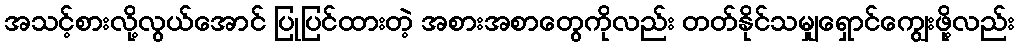
အသင့်စားလို့လွယ်အောင် ပြုပြင်ထားတဲ့ အစားအစာတွေကိုလည်း တတ်နိုင်သမျှရှောင်ကျွေးဖို့လည်း